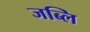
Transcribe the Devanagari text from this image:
जब्लि